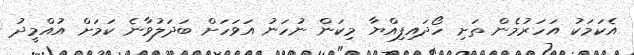
އެކަމަކު އަހަރުމެން ތަށި ހޯދައިފިއްޔާ މިކަން ނުހަނު އަވަހަށް ބަދަލުވާނެ ކަމަށް އުއްމީދު